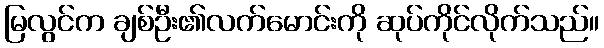
မြလွင်က ချစ်ဦး၏လက်မောင်းကို ဆုပ်ကိုင်လိုက်သည်။